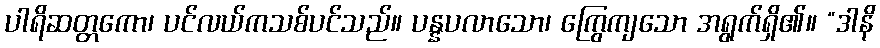
ပါရိဆတ္တကော၊ ပင်လယ်ကသစ်ပင်သည်။ ပန္နပလာသော၊ ကြွေကျသော အရွက်ရှိ၏။ “ဒါနိ